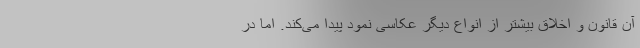
آن قانون و اخلاق بیشتر از انواع دیگر عکاسی نمود پیدا می‌کند. اما در